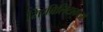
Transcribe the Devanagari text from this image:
रिएबिलिटाकाओ